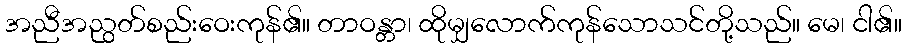
အညီအညွတ်စည်းဝေးကုန်၏။ တာဝန္တာ၊ ထိုမျှလောက်ကုန်သောသင်တို့သည်။ မေ၊ ငါ၏။